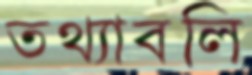
তথ্যাবলি